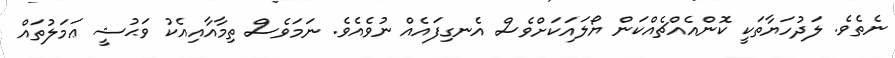
ނެތެވެ. ލަދުހަޔާތަކީ ކޮންއެއްޗެއްކަން ޔޯލައަކަށްވެސް އެނގިފައެއް ނުވެއެވެ. ނަމަވެސް ތިމާއާއިއެކު ވަޙުޝީ ޢަމަލުތައް